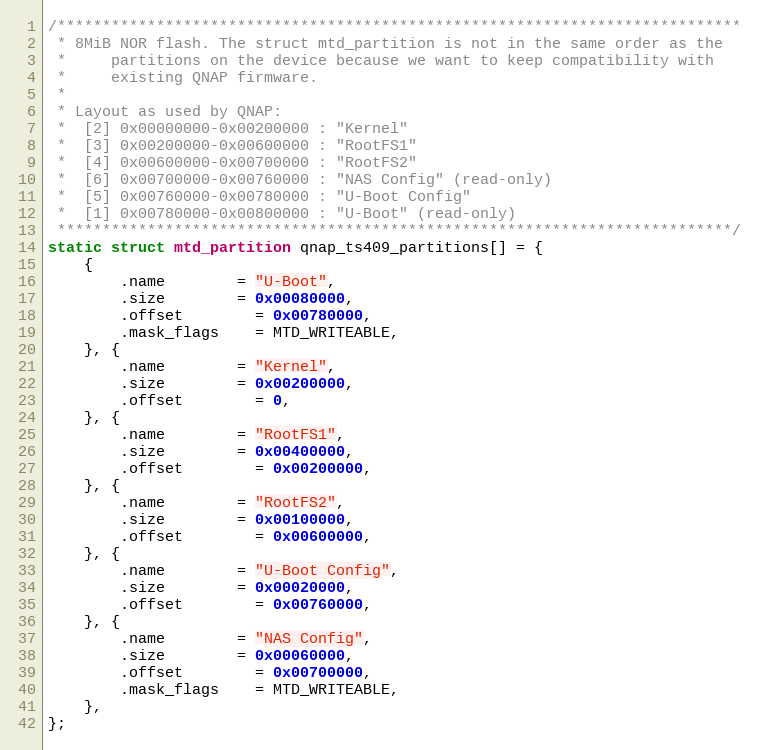
Language: C
/****************************************************************************
 * 8MiB NOR flash. The struct mtd_partition is not in the same order as the
 *     partitions on the device because we want to keep compatibility with
 *     existing QNAP firmware.
 *
 * Layout as used by QNAP:
 *  [2] 0x00000000-0x00200000 : "Kernel"
 *  [3] 0x00200000-0x00600000 : "RootFS1"
 *  [4] 0x00600000-0x00700000 : "RootFS2"
 *  [6] 0x00700000-0x00760000 : "NAS Config" (read-only)
 *  [5] 0x00760000-0x00780000 : "U-Boot Config"
 *  [1] 0x00780000-0x00800000 : "U-Boot" (read-only)
 ***************************************************************************/
static struct mtd_partition qnap_ts409_partitions[] = {
	{
		.name		= "U-Boot",
		.size		= 0x00080000,
		.offset		= 0x00780000,
		.mask_flags	= MTD_WRITEABLE,
	}, {
		.name		= "Kernel",
		.size		= 0x00200000,
		.offset		= 0,
	}, {
		.name		= "RootFS1",
		.size		= 0x00400000,
		.offset		= 0x00200000,
	}, {
		.name		= "RootFS2",
		.size		= 0x00100000,
		.offset		= 0x00600000,
	}, {
		.name		= "U-Boot Config",
		.size		= 0x00020000,
		.offset		= 0x00760000,
	}, {
		.name		= "NAS Config",
		.size		= 0x00060000,
		.offset		= 0x00700000,
		.mask_flags	= MTD_WRITEABLE,
	},
};